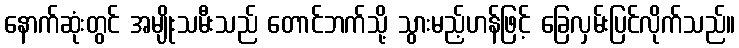
နောက်ဆုံးတွင် အမျိုးသမီးသည် တောင်ဘက်သို့ သွားမည့်ဟန်ဖြင့် ခြေလှမ်းပြင်လိုက်သည်။